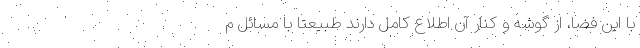
با این فضا، از گوشه و کنار آن اطلاع کامل دارند طبیعتاً با مسائل م